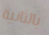
بالثانية